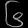
Digit: ၆